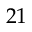
2 1